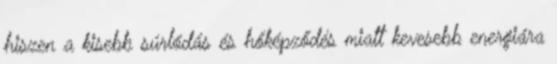
hiszen a kisebb súrlódás és hőképződés miatt kevesebb energiára